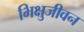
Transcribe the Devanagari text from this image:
भिक्षुजीवन